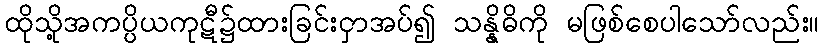
ထိုသို့အကပ္ပိယကုဋီ၌ထားခြင်းငှာအပ်၍ သန္နိဓိကို မဖြစ်စေပါသော်လည်း။